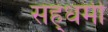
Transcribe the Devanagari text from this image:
सह्धर्मी